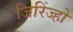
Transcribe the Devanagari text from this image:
जिरिंज्हो